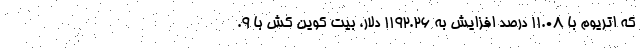
که اتریوم با ۱۱.۰۸ درصد افزایش به ۱۱۹۲.۲۶ دلار، بیت کوین کش با ۹.